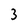
Character: 3